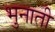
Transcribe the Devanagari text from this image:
भुनाती